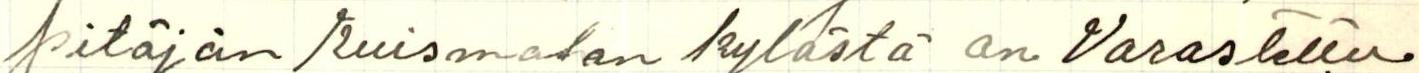
pitäjän Kuismalan kylästä on varastettu